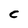
Character: c